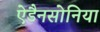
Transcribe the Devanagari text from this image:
ऐडैनसोनिया